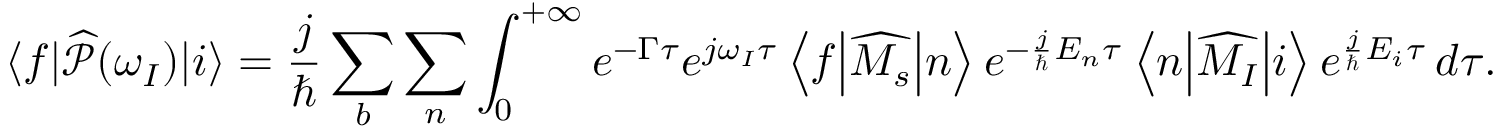
\langle f \vert \widehat { \mathcal { P } } ( \omega _ { I } ) \vert i \rangle = \frac { j } { \hbar } \sum _ { b } \sum _ { n } \int _ { 0 } ^ { + \infty } e ^ { - \Gamma \tau } e ^ { j \omega _ { I } \tau } \left< f \middle | \widehat { M _ { s } } \middle | n \right> e ^ { - \frac { j } { \hbar } E _ { n } \tau } \left< n \middle | \widehat { M _ { I } } \middle | i \right> e ^ { \frac { j } { \hbar } E _ { i } \tau } \, d \tau .